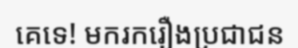
គេទេ! មករករឿងប្រជាជន